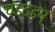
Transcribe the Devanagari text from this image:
चंडदंडम्